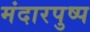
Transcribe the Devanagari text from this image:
मंदारपुष्प